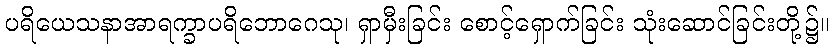
ပရိယေသနာအာရက္ခာပရိဘောဂေသု၊ ရှာမှီးခြင်း စောင့်ရှောက်ခြင်း သုံးဆောင်ခြင်းတို့၌။